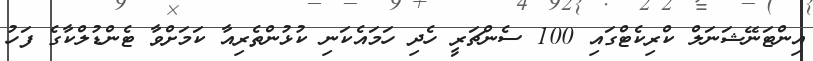
އިންޓަނޭޝަނަލް ކްރިކެޓްގައި 100 ސެންޗަރީ ހެދި ހަމައެކަނި ކުޅުންތެރިއާ ކަމަށްވާ ޓެންޑުލްކާގެ ފަހު